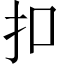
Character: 扣